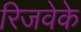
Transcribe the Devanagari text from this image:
रिजवेके